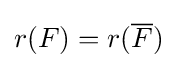
r(F)=r({\overline {F}})